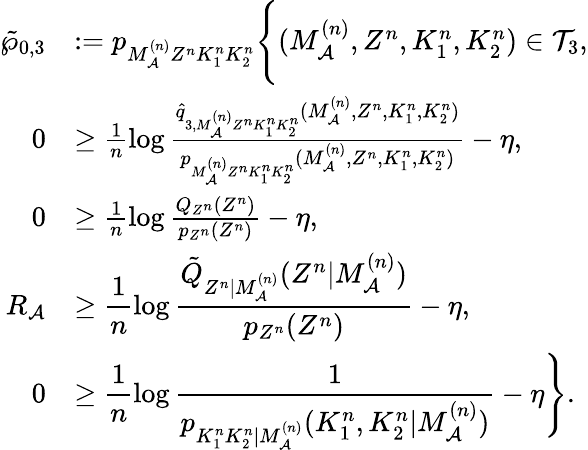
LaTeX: \begin{array}{rl}{\tilde{\wp}_{0,3}}&{:=p_{M_{\cal A}^{(n)}Z^{n}K_{1}^{n}K_{2}^{n}}\Biggl\{ (M_{\cal A}^{(n)},Z^{n},K_{1}^{n},K_{2}^{n})\in{\cal T}_{3},}\\ {0}&{\geq\frac{1}{n}\log\frac{\hat{q}_{3,M_{\cal A}^{(n)}Z^{n}K_{1}^{n}K_{2}^{n}}(M_{\cal A}^{(n)},Z^{n},K_{1}^{n},K_{2}^{n})}{p_{M_{\cal A}^{(n)}Z^{n}K_{1}^{n}K_{2}^{n}}(M_{\cal A}^{(n)},Z^{n},K_{1}^{n},K_{2}^{n})}-\eta,}\\ {0}&{\geq\frac{1}{n}\log\frac{Q_{Z^{n}}(Z^{n})}{p_{Z^{n}}(Z^{n})}-\eta,}\\ {R_{\cal A}}&{\geq\displaystyle\frac{1}{n}\log\frac{\tilde{Q}_{Z^{n}|M_{\cal A}^{(n)}}(Z^{n}|M_{\cal A}^{(n)})}{p_{Z^{n}}(Z^{n})}-\eta,}\\ {0}&{\geq\displaystyle\frac{1}{n}\log\frac{1}{p_{K_{1}^{n}K_{2}^{n}|M_{\cal A}^{(n)}}(K_{1}^{n},K_{2}^{n}|M_{\cal A}^{(n)})}-\eta\Biggr\} .}\end{array}